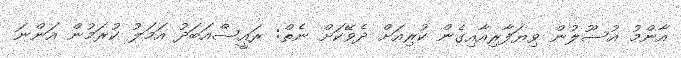
އާންމު އުސޫލުން ވިޔަފާރިއާއިގެން ކުރިއަށް ދެވޭކަށް ނެތް: ރައީސްއަބަދު އަމަލު ކުރަމުން އަންނަ